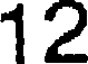
12